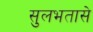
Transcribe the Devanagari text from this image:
सुलभतासे